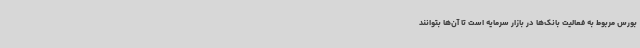
بورس مربوط به فعالیت بانک‌ها در بازار سرمایه است تا آن‌ها بتوانند